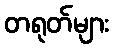
တရုတ်များ